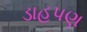
ડાહપણ